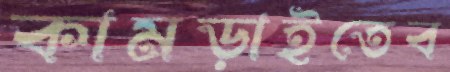
কামড়াইতেব